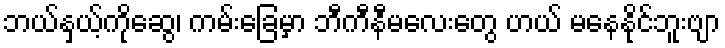
ဘယ်နှယ့်ကိုဆွေ၊ ကမ်းခြေမှာ ဘီကီနီမလေးတွေ ဟယ် မနေနိုင်ဘူးဗျာ